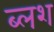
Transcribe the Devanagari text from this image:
ब्लश